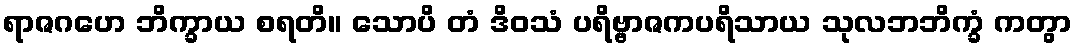
ရာဇဂဟေ ဘိက္ခာယ စရတိ။ သောပိ တံ ဒိဝသံ ပရိဗ္ဗာဇကပရိသာယ သုလဘဘိက္ခံ ကတွာ